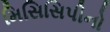
મિસિસિપીનો